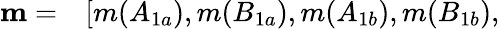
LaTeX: \begin{array}{rl}{\mathbf{m}=}&{{}[m(A_{1a}),m(B_{1a}),m(A_{1b}),m(B_{1b}),}\end{array}